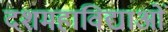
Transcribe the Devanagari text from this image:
दशमहाविद्याओं